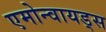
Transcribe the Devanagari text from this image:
एमोन्वायड्स